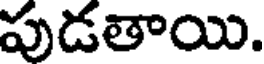
పుడతాయి.